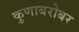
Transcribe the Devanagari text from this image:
कुणाबरोबर